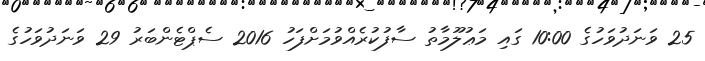
25 ވަނަދުވަހުގެ 10:00 ގައި މަޢުލޫމާތު ސާފުކުރެއްވުމަށްފަހު 2016 ސެޕްޓެންބަރު 29 ވަނަދުވަހުގެ